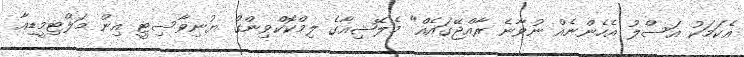
އެކަމަކު އަސްލު އެހެންނެއް ނުވާނެ ރާއްޖޭގައެއް" މެލޭޝިއާގެ ލިމްކޮކްވިންގް ޔުނިވާސިޓީ އިން މަލްޓިމީޑިއާ